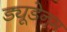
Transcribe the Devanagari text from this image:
ड्यूडेनम